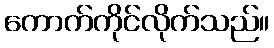
ကောက်ကိုင်လိုက်သည်။